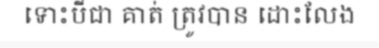
ទោះបីជា គាត់ ត្រូវបាន ដោះលែង